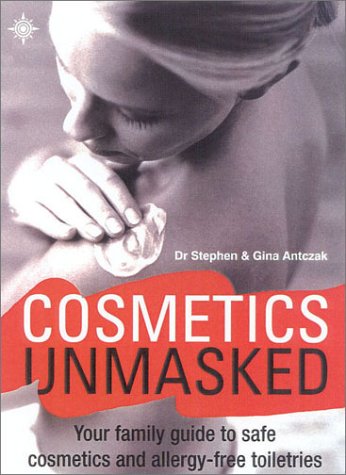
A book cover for Cosmetics Unmasked: Your Family Guide to Safe Cosmetics and Allergy-Free Toiletries; Stephen Antczak; Health, Fitness & Dieting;